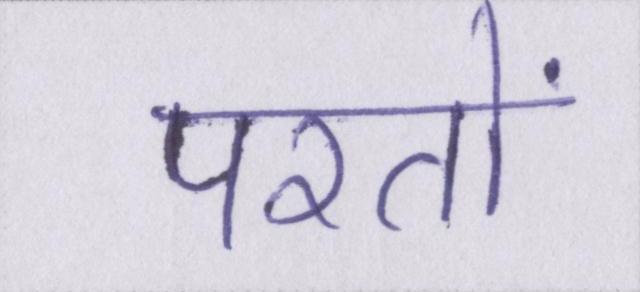
परतों